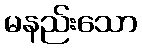
မနည်းသော